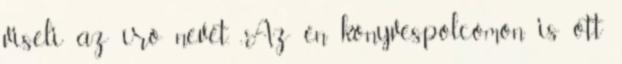
viseli az író nevét. „Az én könyvespolcomon is ott